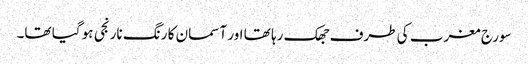
سورج مغرب کی طرف جھک رہا تھا اور آسمان کا رنگ نارنجی ہو گیا تھا۔